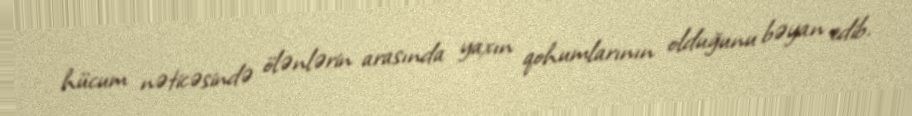
hücum nəticəsində ölənlərin arasında yaxın qohumlarının olduğunu bəyan edib.